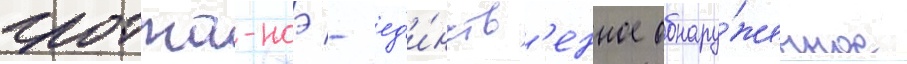
гротта-ноэ - ед'и́нств'енное обнару́женное